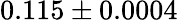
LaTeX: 0.115\pm 0.0004